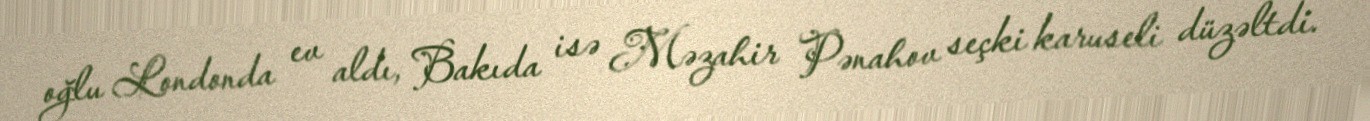
oğlu Londonda ev aldı, Bakıda isə Məzahir Pənahov seçki karuseli düzəltdi.